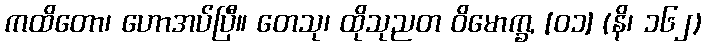
ကထိတော၊ ဟောအပ်ပြီ။ တေသု၊ ထိုသုညတ ဝိမောက္ခ, [၀၁] (နိ၊ ၁၆၂)